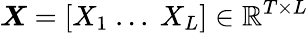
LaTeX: \boldsymbol{X}=[X_{1}\ ...\ X_{L}]\in\mathbb{R}^{T\times L}